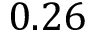
0 . 2 6